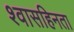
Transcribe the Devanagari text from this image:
श्वासहिनता